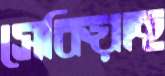
সেকিয়াছ